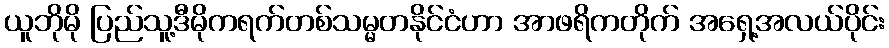
ယူဘိုမို ပြည်သူ့ဒီမိုကရက်တစ်သမ္မတနိုင်ငံဟာ အာဖရိကတိုက် အရှေ့အလယ်ပိုင်း